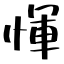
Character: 惲